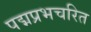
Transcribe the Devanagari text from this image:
पद्मप्रभचरित